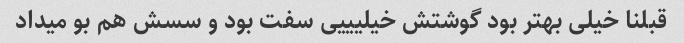
قبلنا خیلی بهتر بود گوشتش خیلیییی سفت بود و سسش هم بو میداد